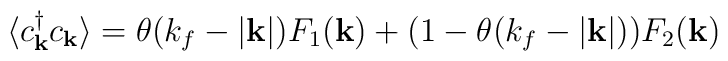
\langle c^{\dagger}_{ {\bf{k}} }c_{ {\bf{k}} } \rangle = \theta(k_{f} - |{\bf{k}}|)F_{1}({\bf{k}}) + (1 - \theta(k_{f} - |{\bf{k}}|))F_{2}({\bf{k}})